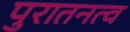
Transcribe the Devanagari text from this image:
पुरातनत्व